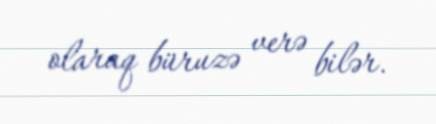
olaraq büruzə verə bilər.